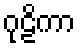
ဂုဠိကာ